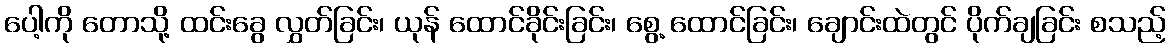
ပေါ့ကို တောသို့ ထင်းခွေ လွှတ်ခြင်း၊ ယုန် ထောင်ခိုင်းခြင်း၊ စွေ့ ထောင်ခြင်း၊ ချောင်းထဲတွင် ပိုက်ချခြင်း စသည့်